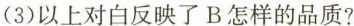
(3)以上对白反映了B怎样的品质?